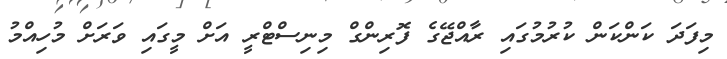
މިފަދަ ކަންކަން ކުރުމުގައި ރާއްޖޭގެ ފޮރިންގް މިނިސްޓްރީ އަށް މީގައި ވަރަށް މުހިއްމު